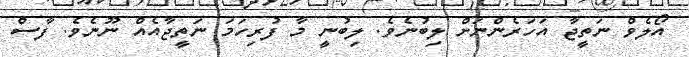
އޯލެވް ނަތީޖާ އަހަރެންނަށް ލިބުނެވެ. ލިބުނީ މާ ފުރިހަމަ ނަތީޖާއެއް ނޫނެވެ. ފާސް